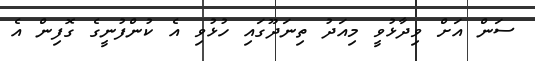
ސަން އަށް ވިދާޅުވީ މިއަދު ތިނަދޫގައި ހުޅުވި އެ ކުންފުނީގެ ގޮފިން އެ